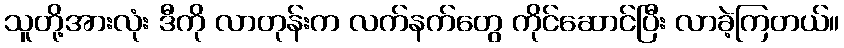
သူတို့အားလုံး ဒီကို လာတုန်းက လက်နက်တွေ ကိုင်ဆောင်ပြီး လာခဲ့ကြတယ်။